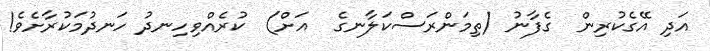
އަދި އޭގެކުރިން  ގެފާނު (ތިމަންރަސްކަލާނގެ  އަށް)  ކުރެއްވިހިނދު ހަނދުމަކުރާށެވެ!